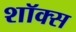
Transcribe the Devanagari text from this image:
शॉक्स